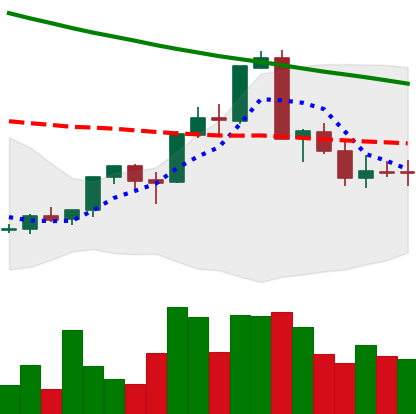
Ticker: XMR-USD
Chart end date: 2018-09-11
Forward return: 10.784%
Label: up_7plus